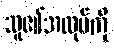
သူ၏အလုပ်ကို